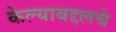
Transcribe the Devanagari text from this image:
केल्याबद्दलचे